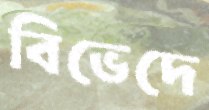
বিভেদে